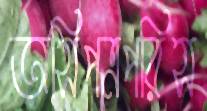
অসিপত্রপরিস